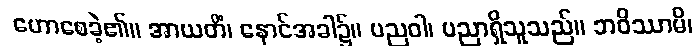
ဟောစေခဲ့၏။ အာယတိံ၊ နောင်အခါ၌။ ပညဝါ၊ ပညာရှိသူသည်။ ဘဝိဿာမိ၊